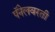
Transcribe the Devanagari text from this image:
पॅनेलवरती